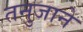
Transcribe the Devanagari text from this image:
तनुजाने